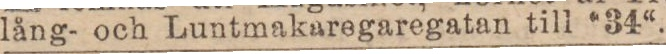
lång- och Luntmakaregaregatan till “34“.